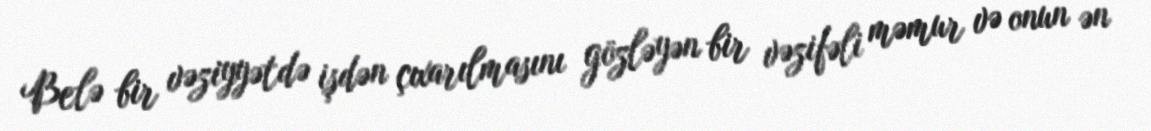
Belə bir vəziyyətdə işdən çıxarılmasını gözləyən bir vəzifəli məmur və onun ən